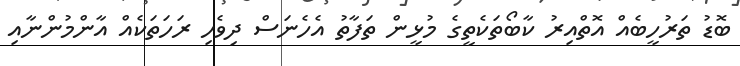
ބޮޑު ތަރުހީބެއް އޮތްއިރު ކާބޯތަކެތީގެ މުޅީން ތަފާތު އެހެނަސް ދިވެހި ރަހަތަކެއް އާންމުންނާއި